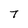
Character: 7